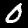
Label: 0